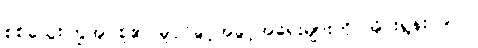
စစ်သွေးကြွအုပ်စု၏ မူပိုင်ခွင့်အခွင့်အရေးများကို အိုင်းရွန်း ၉၀၇